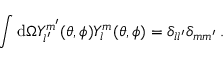
\int \mathrm { d } { \Omega } { Y _ { l ^ { \prime } } ^ { m ^ { \prime } } } ( \theta , \phi ) Y _ { l } ^ { m } ( \theta , \phi ) = \delta _ { l l ^ { \prime } } \delta _ { m m ^ { \prime } } \, .